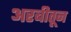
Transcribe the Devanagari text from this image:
अरबीतून